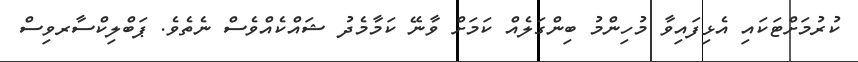
ކުރުމަށްޓަކައި އެޅިފައިވާ މުހިންމު ބިންގަލެއް ކަމަށް ވާނޭ ކަމާމެދު ޝައްކެއްވެސް ނެތެވެ. ޕަބްލިކްސާރވިސް